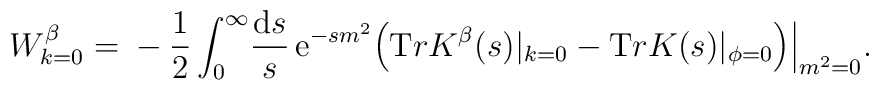
W^{\beta}_{k=0}=   	\mbox{}-\frac12   	\int_0^{\infty}\! \frac{{\mathrm{d} }s}{s}\,    	 {\mathrm e}^{-s m^2}\Big(   	{\mathrm Tr}  {K}^{\beta} (s)|_{k=0}  	- {\mathrm Tr} K (s)|_{\phi=0} \Big)  	\Big|_{m^2=0}.